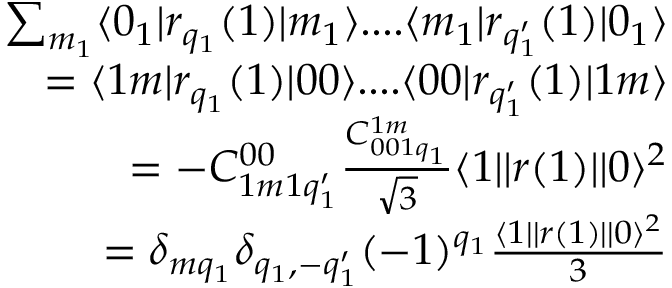
\begin{array} { r } { \sum _ { m _ { 1 } } \langle 0 _ { 1 } | r _ { q _ { 1 } } ( 1 ) | m _ { 1 } \rangle . . . . \langle m _ { 1 } | r _ { q _ { 1 } ^ { \prime } } ( 1 ) | 0 _ { 1 } \rangle } \\ { = \langle 1 m | r _ { q _ { 1 } } ( 1 ) | 0 0 \rangle . . . . \langle 0 0 | r _ { q _ { 1 } ^ { \prime } } ( 1 ) | 1 m \rangle } \\ { = - C _ { 1 m 1 q _ { 1 } ^ { \prime } } ^ { 0 0 } \frac { C _ { 0 0 1 q _ { 1 } } ^ { 1 m } } { \sqrt { 3 } } \langle 1 | | r ( 1 ) | | 0 \rangle ^ { 2 } } \\ { = \delta _ { m q _ { 1 } } \delta _ { q _ { 1 } , - q _ { 1 } ^ { \prime } } ( - 1 ) ^ { q _ { 1 } } \frac { \langle 1 | | r ( 1 ) | | 0 \rangle ^ { 2 } } { 3 } } \end{array}